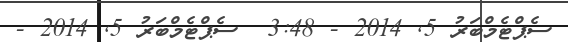
ސެޕްޓެމްބަރު 5